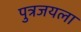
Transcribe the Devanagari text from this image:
पुत्रजयला